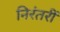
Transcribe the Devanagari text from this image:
निरंतरीं